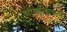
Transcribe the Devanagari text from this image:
सांस्कृत्यायनने